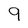
Character: 9